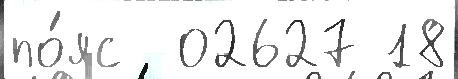
по́яс  02627 18